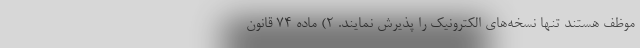
موظف هستند تنها نسخه‌های الکترونیک را پذیرش نمایند. ۲) ماده ۷۴ قانون